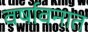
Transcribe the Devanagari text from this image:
वर्षावनात